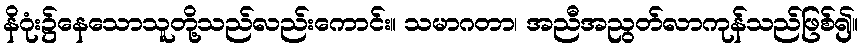
နိဂုံး၌နေသောသူတို့သည်လည်းကောင်း။ သမာဂတာ၊ အညီအညွတ်လာကုန်သည်ဖြစ်၍။